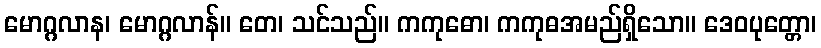
မောဂ္ဂလာန၊ မောဂ္ဂလာန်။ တေ၊ သင်သည်။ ကကုဓော၊ ကကုဓအမည်ရှိသော။ ဒေဝပုတ္တော၊